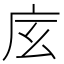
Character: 𢇨